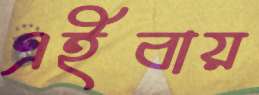
এইবায়